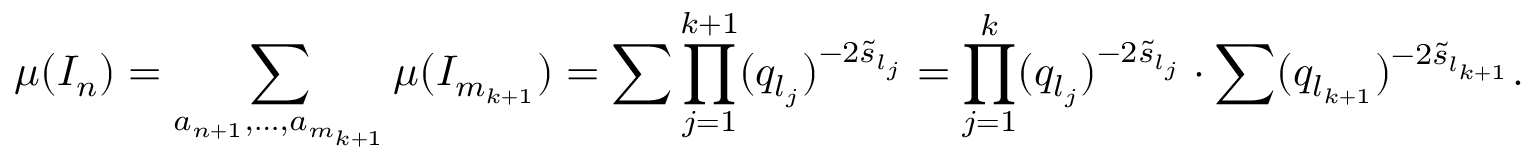
\mu ( I _ { n } ) = \sum _ { a _ { n + 1 } , \ldots , a _ { m _ { k + 1 } } } \mu ( I _ { m _ { k + 1 } } ) = \sum \prod _ { j = 1 } ^ { k + 1 } ( q _ { l _ { j } } ) ^ { - 2 \widetilde { s } _ { l _ { j } } } = \prod _ { j = 1 } ^ { k } ( q _ { l _ { j } } ) ^ { - 2 \widetilde { s } _ { l _ { j } } } \cdot \sum ( q _ { l _ { k + 1 } } ) ^ { - 2 \widetilde { s } _ { l _ { k + 1 } } } .